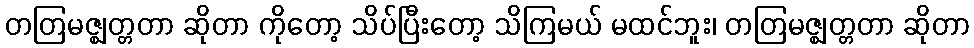
တတြမဇ္ဈတ္တတာ ဆိုတာ ကိုတော့ သိပ်ပြီးတော့ သိကြမယ် မထင်ဘူး၊ တတြမဇ္ဈတ္တတာ ဆိုတာ